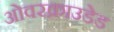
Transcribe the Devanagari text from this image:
ओवरक्राउडेड